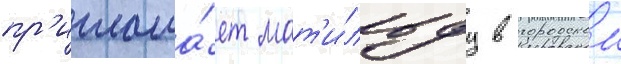
пр'иглаша́ет мат'и́льду в городскои